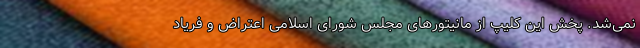
نمی‌شد. پخش این کلیپ از مانیتورهای مجلس شورای اسلامی اعتراض و فریاد